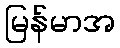
မြန်မာအ